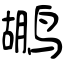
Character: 鹕